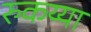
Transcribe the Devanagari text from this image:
रुकय्या